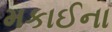
મકાઈના